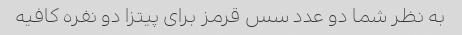
به نظر شما دو عدد سس قرمز برای پیتزا دو نفره کافیه